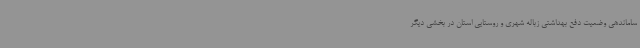
ساماندهی وضعیت دفع بهداشتی زباله شهری و روستایی استان در بخشی دیگر